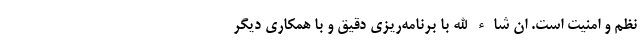
نظم و امنیت است. ان شاء الله با برنامه‌ریزی دقیق و با همکاری دیگر